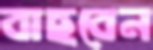
বাছবেন